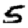
Digit: 5